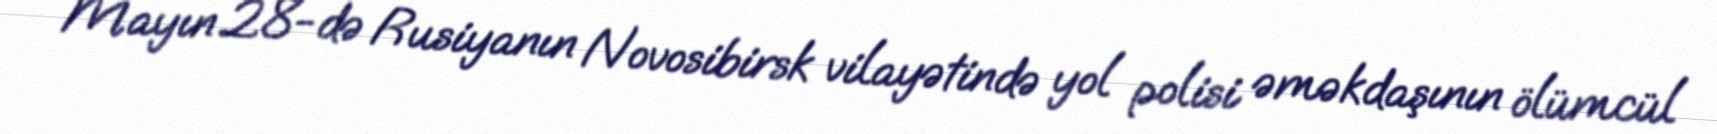
Mayın 28-də Rusiyanın Novosibirsk vilayətində yol polisi əməkdaşının ölümcül